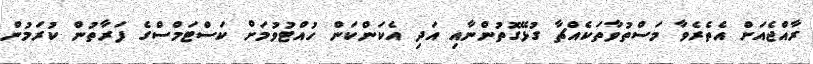
ރާއްޖެއަށް އެތެރެވާ މަސްތުވާތަކެއްޗާ ގުޅޭގޮތުންނާއި އަދި އެކަންކަން ހުއްޓުވުމަށް ކަސްޓަމްސްގެ ފަރާތުން ކުރަމުން